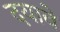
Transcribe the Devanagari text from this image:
दयावे